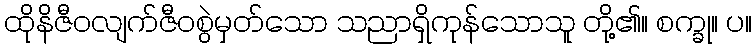
ထိုနိဇီဝလျက်ဇီဝစွဲမှတ်သော သညာရှိကုန်သောသူ တို့၏။ စက္ခု။ ပ။